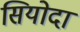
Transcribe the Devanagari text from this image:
सियोदा